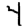
Digit: 4